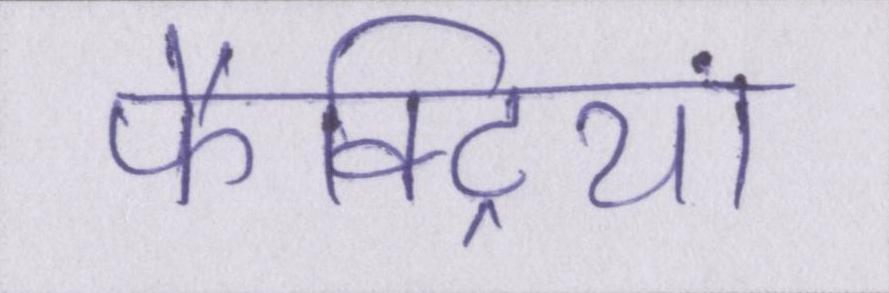
फैक्ट्रियां